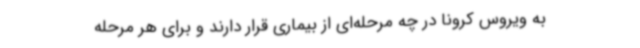
به ویروس کرونا در چه مرحله‌ای از بیماری قرار دارند و برای هر مرحله